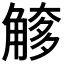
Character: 𧤌